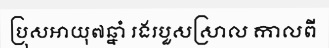
ប្រុសអាយុ៧ឆ្នាំ រងរបួសស្រាល កាលពី